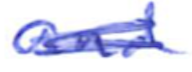
Text: and
Cross-out: mix
Writing tool: ballpoint